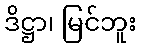
ဒိဋ္ဌာ၊ မြင်ဘူး